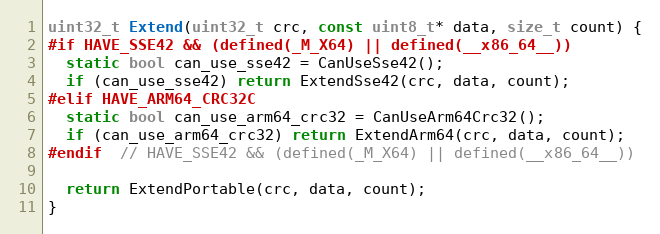
Language: C++
uint32_t Extend(uint32_t crc, const uint8_t* data, size_t count) {
#if HAVE_SSE42 && (defined(_M_X64) || defined(__x86_64__))
  static bool can_use_sse42 = CanUseSse42();
  if (can_use_sse42) return ExtendSse42(crc, data, count);
#elif HAVE_ARM64_CRC32C
  static bool can_use_arm64_crc32 = CanUseArm64Crc32();
  if (can_use_arm64_crc32) return ExtendArm64(crc, data, count);
#endif  // HAVE_SSE42 && (defined(_M_X64) || defined(__x86_64__))

  return ExtendPortable(crc, data, count);
}